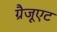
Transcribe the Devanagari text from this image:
ग्रैजूएट